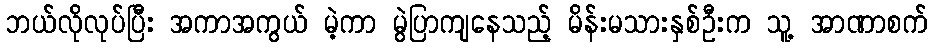
ဘယ်လိုလုပ်ပြီး အကာအကွယ် မဲ့ကာ မွဲပြာကျနေသည့် မိန်းမသားနှစ်ဦးက သူ့ အာဏာစက်